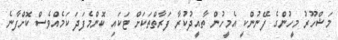
މަޝްހޫރު މީހުންގެ ފޭނުންކީ އެމީހުން ތާއީދުކުރާ ފަރާތްތަކަށް ޓަކައި ކޮންމެފަދަ ކަމެއްވެސް ކޮށްފާނެ